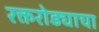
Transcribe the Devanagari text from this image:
रक्तरोड्याचा